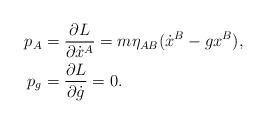
LaTeX: \begin{align*}p_A &= \frac{\partial L}{\partial\dot{x}^A} = m\eta_{AB}(\dot{x}^B - gx^B),\\p_g &= \frac{\partial L}{\partial\dot{g}} = 0.\end{align*}